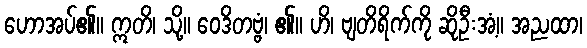
ဟောအပ်၏။ ဣတိ၊ သို့။ ဝေဒိတဗ္ဗံ၊ ၏။ ဟိ၊ ဗျတိရိက်ကို ဆိုဦးအံ့။ အညထာ၊